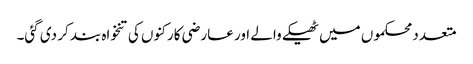
متعدد محکموں میں ٹھیکے والے اور عارضی کارکنوں کی تنخواہ بند کر دی گئی۔